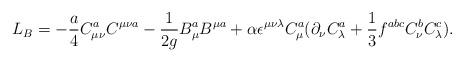
LaTeX: \begin{align*}L_B=-{a\over 4}C_{\mu\nu}^aC^{\mu\nu a}-{1\over {2g}}B_\mu^aB^{\mu a}+\alpha\epsilon^{\mu\nu\lambda}C_\mu^a(\partial_\nu C_\lambda^a+{1\over 3}f^{abc}C_\nu^bC_\lambda^c).\end{align*}